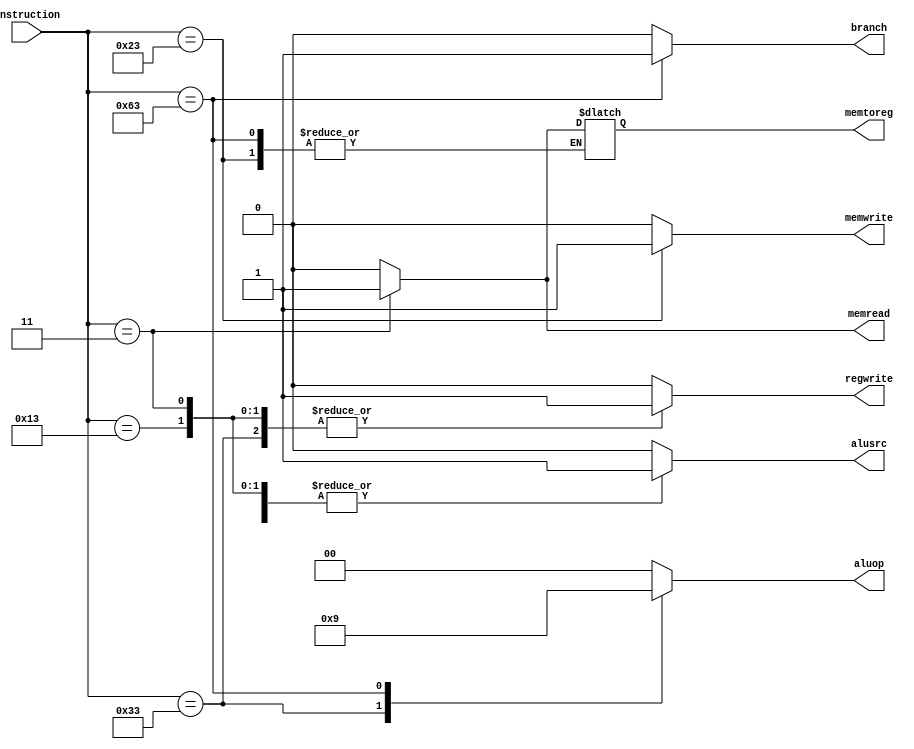
module maincontrol(instruction, branch, memread, memtoreg, aluop, memwrite, alusrc, regwrite);

    input [6:0] instruction;

    output reg branch, memread, memtoreg, memwrite, alusrc, regwrite;
    output reg [1:0] aluop;

    always @ (instruction)
        begin
          case (instruction)
            7'b0110011: 
              begin
                alusrc <= 0;
                memtoreg <= 0;
                regwrite <= 1;
                memread <= 0;
                memwrite <= 0;
                branch <= 0;
                aluop <= 2'b10;
              end
            7'b0000011: 
              begin
                alusrc <= 1;
                memtoreg <= 1;
                regwrite <= 1;
                memread <= 1;
                memwrite <= 0;
                branch <= 0;
                aluop <= 2'b00;
              end
            7'b0100011:
              begin
                alusrc <= 1;
                regwrite <= 0;
                memread <= 0;
                memwrite <= 1;
                branch <= 0;
                aluop <= 2'b00;
              end
            7'b1100011: 
              begin
                alusrc <= 0;
                regwrite <= 0;
                memread <= 0;
                memwrite <= 0;
                branch <= 1;
                aluop <= 2'b01;
              end
            7'b0010011: // for addi (i-type)
              begin
                alusrc <= 1;
                regwrite <= 1;
                memtoreg <= 0;
                memread <= 0;
                memwrite <= 0;
                branch <= 0;
                aluop <= 2'b00;
              end

            default: 
              begin
                alusrc <= 0;
                regwrite <= 0;
                memread <= 0;
                memwrite <= 0;
                memtoreg <= 0;
                branch <= 0;
                aluop <= 2'b00;
              end
          endcase
        end

endmodule